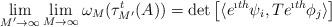
LaTeX: \begin{align*}\lim_{M' \to\infty} \lim_{M \to \infty} \omega_M (\tau_{M'} ^t (A ) ) = \det \left[ \langle e^{ \i t h} \psi_i , T e^{ \i t h} \phi_j \rangle \right]\end{align*}